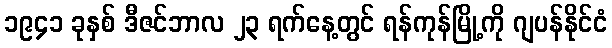
၁၉၄၁ ခုနှစ် ဒီဇင်ဘာလ ၂၃ ရက်နေ့တွင် ရန်ကုန်မြို့ကို ဂျပန်နိုင်ငံ